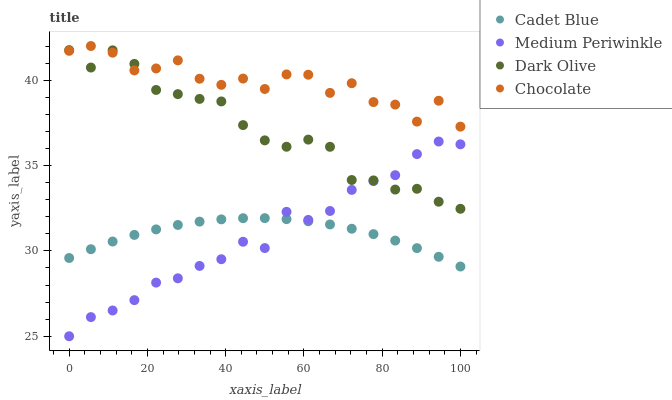
| xaxis_label | Cadet Blue | Medium Periwinkle | Dark Olive | Chocolate |
 | --- | --- | --- | --- | --- |
 | 0 | 29.6 | 25 | 41.8 | 41.7 |
 | 5.56 | 30.1 | 26.1 | 40.7 | 42 |
 | 11.1 | 30.5 | 26.5 | 41.7 | 41.6 |
 | 16.7 | 30.9 | 27.1 | 41 | 40.6 |
 | 22.2 | 31.3 | 28.1 | 39.4 | 40.7 |
 | 27.8 | 31.5 | 28.4 | 39.2 | 41.2 |
 | 33.3 | 31.7 | 29.1 | 38.9 | 40.1 |
 | 38.9 | 31.8 | 29.5 | 38.8 | 39.7 |
 | 44.4 | 31.9 | 30.5 | 37.4 | 40.1 |
 | 50 | 31.9 | 30.2 | 36.5 | 39.5 |
 | 55.6 | 31.9 | 32.3 | 36.1 | 40.3 |
 | 61.1 | 31.7 | 31.8 | 36.5 | 40.3 |
 | 66.7 | 31.5 | 32.3 | 36.1 | 39.3 |
 | 72.2 | 31.3 | 33.6 | 34.2 | 39.8 |
 | 77.8 | 31 | 34.1 | 34.1 | 38.7 |
 | 83.3 | 30.6 | 34.4 | 33.6 | 38.6 |
 | 88.9 | 30.2 | 35.7 | 33.6 | 37.6 |
 | 94.4 | 29.7 | 36.4 | 32.9 | 38.8 |
 | 100 | 29.1 | 36.2 | 32.5 | 37.3 |